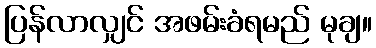
ပြန်လာလျှင် အဖမ်းခံရမည် မုချ။